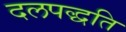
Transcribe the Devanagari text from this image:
दलपद्धति